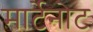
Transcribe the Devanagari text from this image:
मार्टेनोट